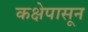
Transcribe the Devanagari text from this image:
कक्षेपासून